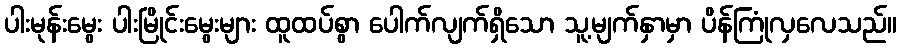
ပါးမုန်းမွေး ပါးမြိုင်းမွေးများ ထူထပ်စွာ ပေါက်လျက်ရှိသော သူ့မျက်နှာမှာ ပိန်ကြုံလှလေသည်။